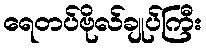
ရေတပ်ဗိုလ်ချုပ်ကြီး